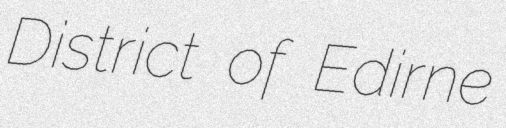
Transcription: District of Edirne